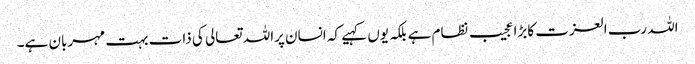
اللہ رب العزت کابڑا عجیب نظام ہے بلکہ یوں کہیے کہ انسان پراللہ تعالی کی ذات بہت مہربان ہے۔